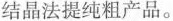
结晶法提纯粗产品。